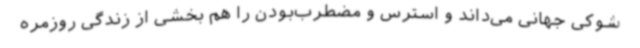
شوکی جهانی می‌داند و استرس و مضطرب‌بودن را هم بخشی از زندگی روزمره